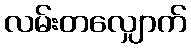
လမ်းတလျှောက်